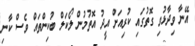
އޭނާ ވިދާޅުވި ގޮތުގައި ކުރިއަށް އީދު އޮތުމުން ލޯކަލް ބުކިންތައް ވެސް ކާނި